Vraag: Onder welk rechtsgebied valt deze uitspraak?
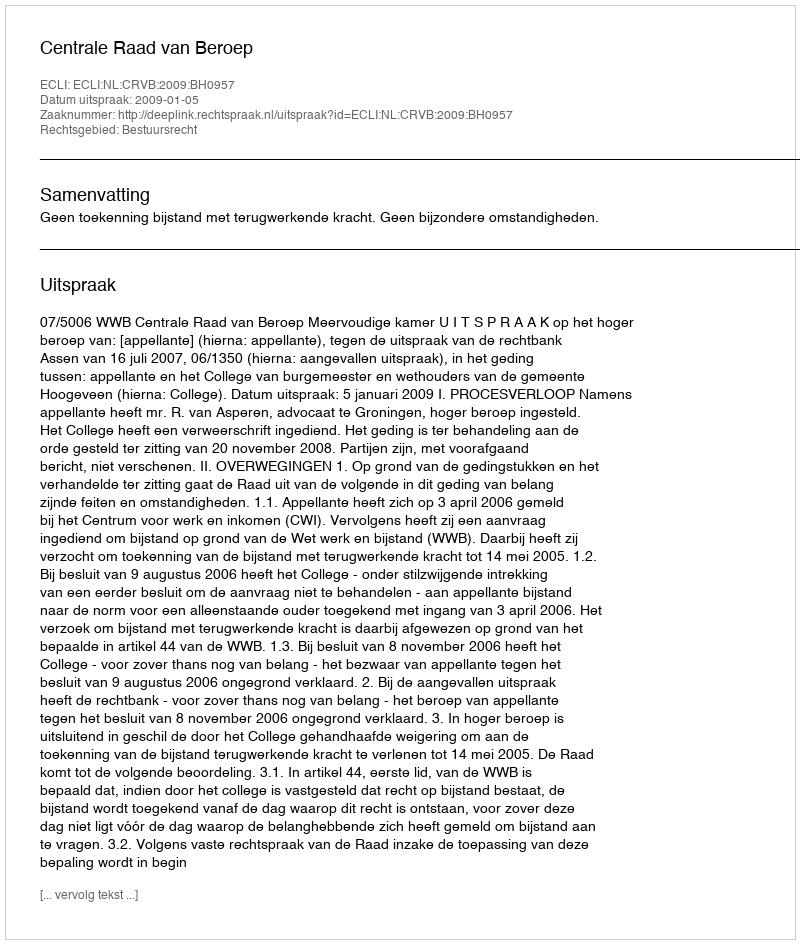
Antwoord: Bestuursrecht